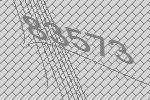
83573